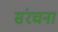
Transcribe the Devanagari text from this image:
संंरचना